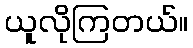
ယူလိုကြတယ်။